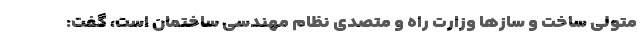
متولی ساخت و سازها وزارت راه و متصدی نظام مهندسی ساختمان است، گفت: